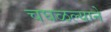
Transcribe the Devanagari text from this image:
चघळल्याने